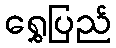
ရွှေပြည်